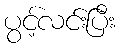
ပွင့်လင်းပြီး